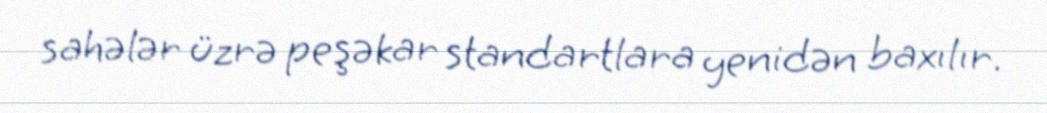
sahələr üzrə peşəkar standartlara yenidən baxılır.